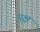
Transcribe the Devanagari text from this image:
पृक्ष